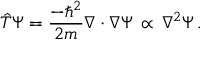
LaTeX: { \hat { T } } \Psi = { \frac { - \hbar ^ { 2 } } { 2 m } } \nabla \cdot \nabla \Psi \, \propto \, \nabla ^ { 2 } \Psi \, .